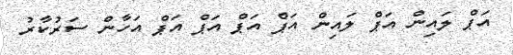
އަޕް ލައިން އަޕް ލައިން އަޕް އަޕް އަޕް އަޕް އަހާން ސަރުކާރު